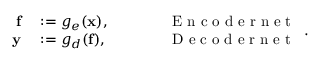
\begin{array} { r l r l } { \mathbf { f } } & { { } : = g _ { e } ( \mathbf { x } ) , \qquad } & { } & { { } \mathrm { ~ E ~ n ~ c ~ o ~ d ~ e ~ r ~ n ~ e ~ t ~ } } \\ { \mathbf { y } } & { { } : = g _ { d } ( \mathbf { f } ) , \qquad } & { } & { { } \mathrm { ~ D ~ e ~ c ~ o ~ d ~ e ~ r ~ n ~ e ~ t ~ } } \end{array} .